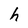
Character: h